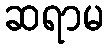
ဆရာမ